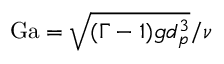
\mathrm { G a } = \sqrt { ( \Gamma - 1 ) g d _ { p } ^ { 3 } } / \nu